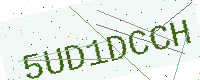
Text: 5UD1DCCH